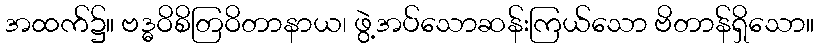
အထက်၌။ ဗဒ္ဓဝိစိတြဝိတာနာယ၊ ဖွဲ့အပ်သောဆန်းကြယ်သော ဗိတာန်ရှိသော။